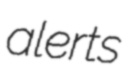
alerts